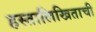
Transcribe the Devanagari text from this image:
हस्तालिखिताची